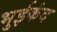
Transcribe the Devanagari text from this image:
भुईकंद